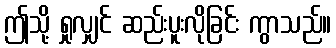
ဤသို့ ရှုလျှင် ဆည်းပူးလိုခြင်း ကွာသည်။